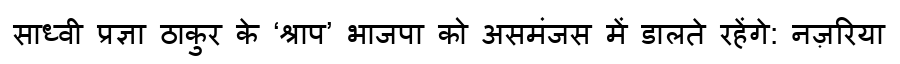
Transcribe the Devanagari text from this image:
साध्वी प्रज्ञा ठाकुर के ‘श्राप’ भाजपा को असमंजस में डालते रहेंगे: नज़रिया